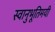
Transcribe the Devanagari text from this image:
स्वानुभूतिमयी